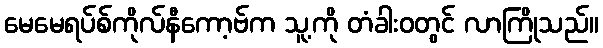
မေမေရပ်စ်ကိုလ်နီကော့ဗ်က သူ့ကို တံခါးဝတွင် လာကြိုသည်။